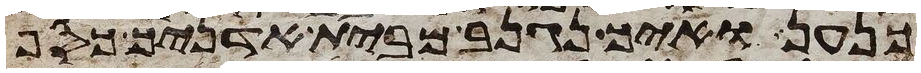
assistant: כנען ואיך נגנב מבית אדניך כסף